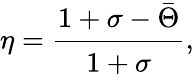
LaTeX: \eta=\cfrac{1+\sigma-\bar{\Theta}}{1+\sigma},